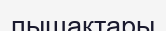
пышақтары